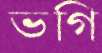
ভগি